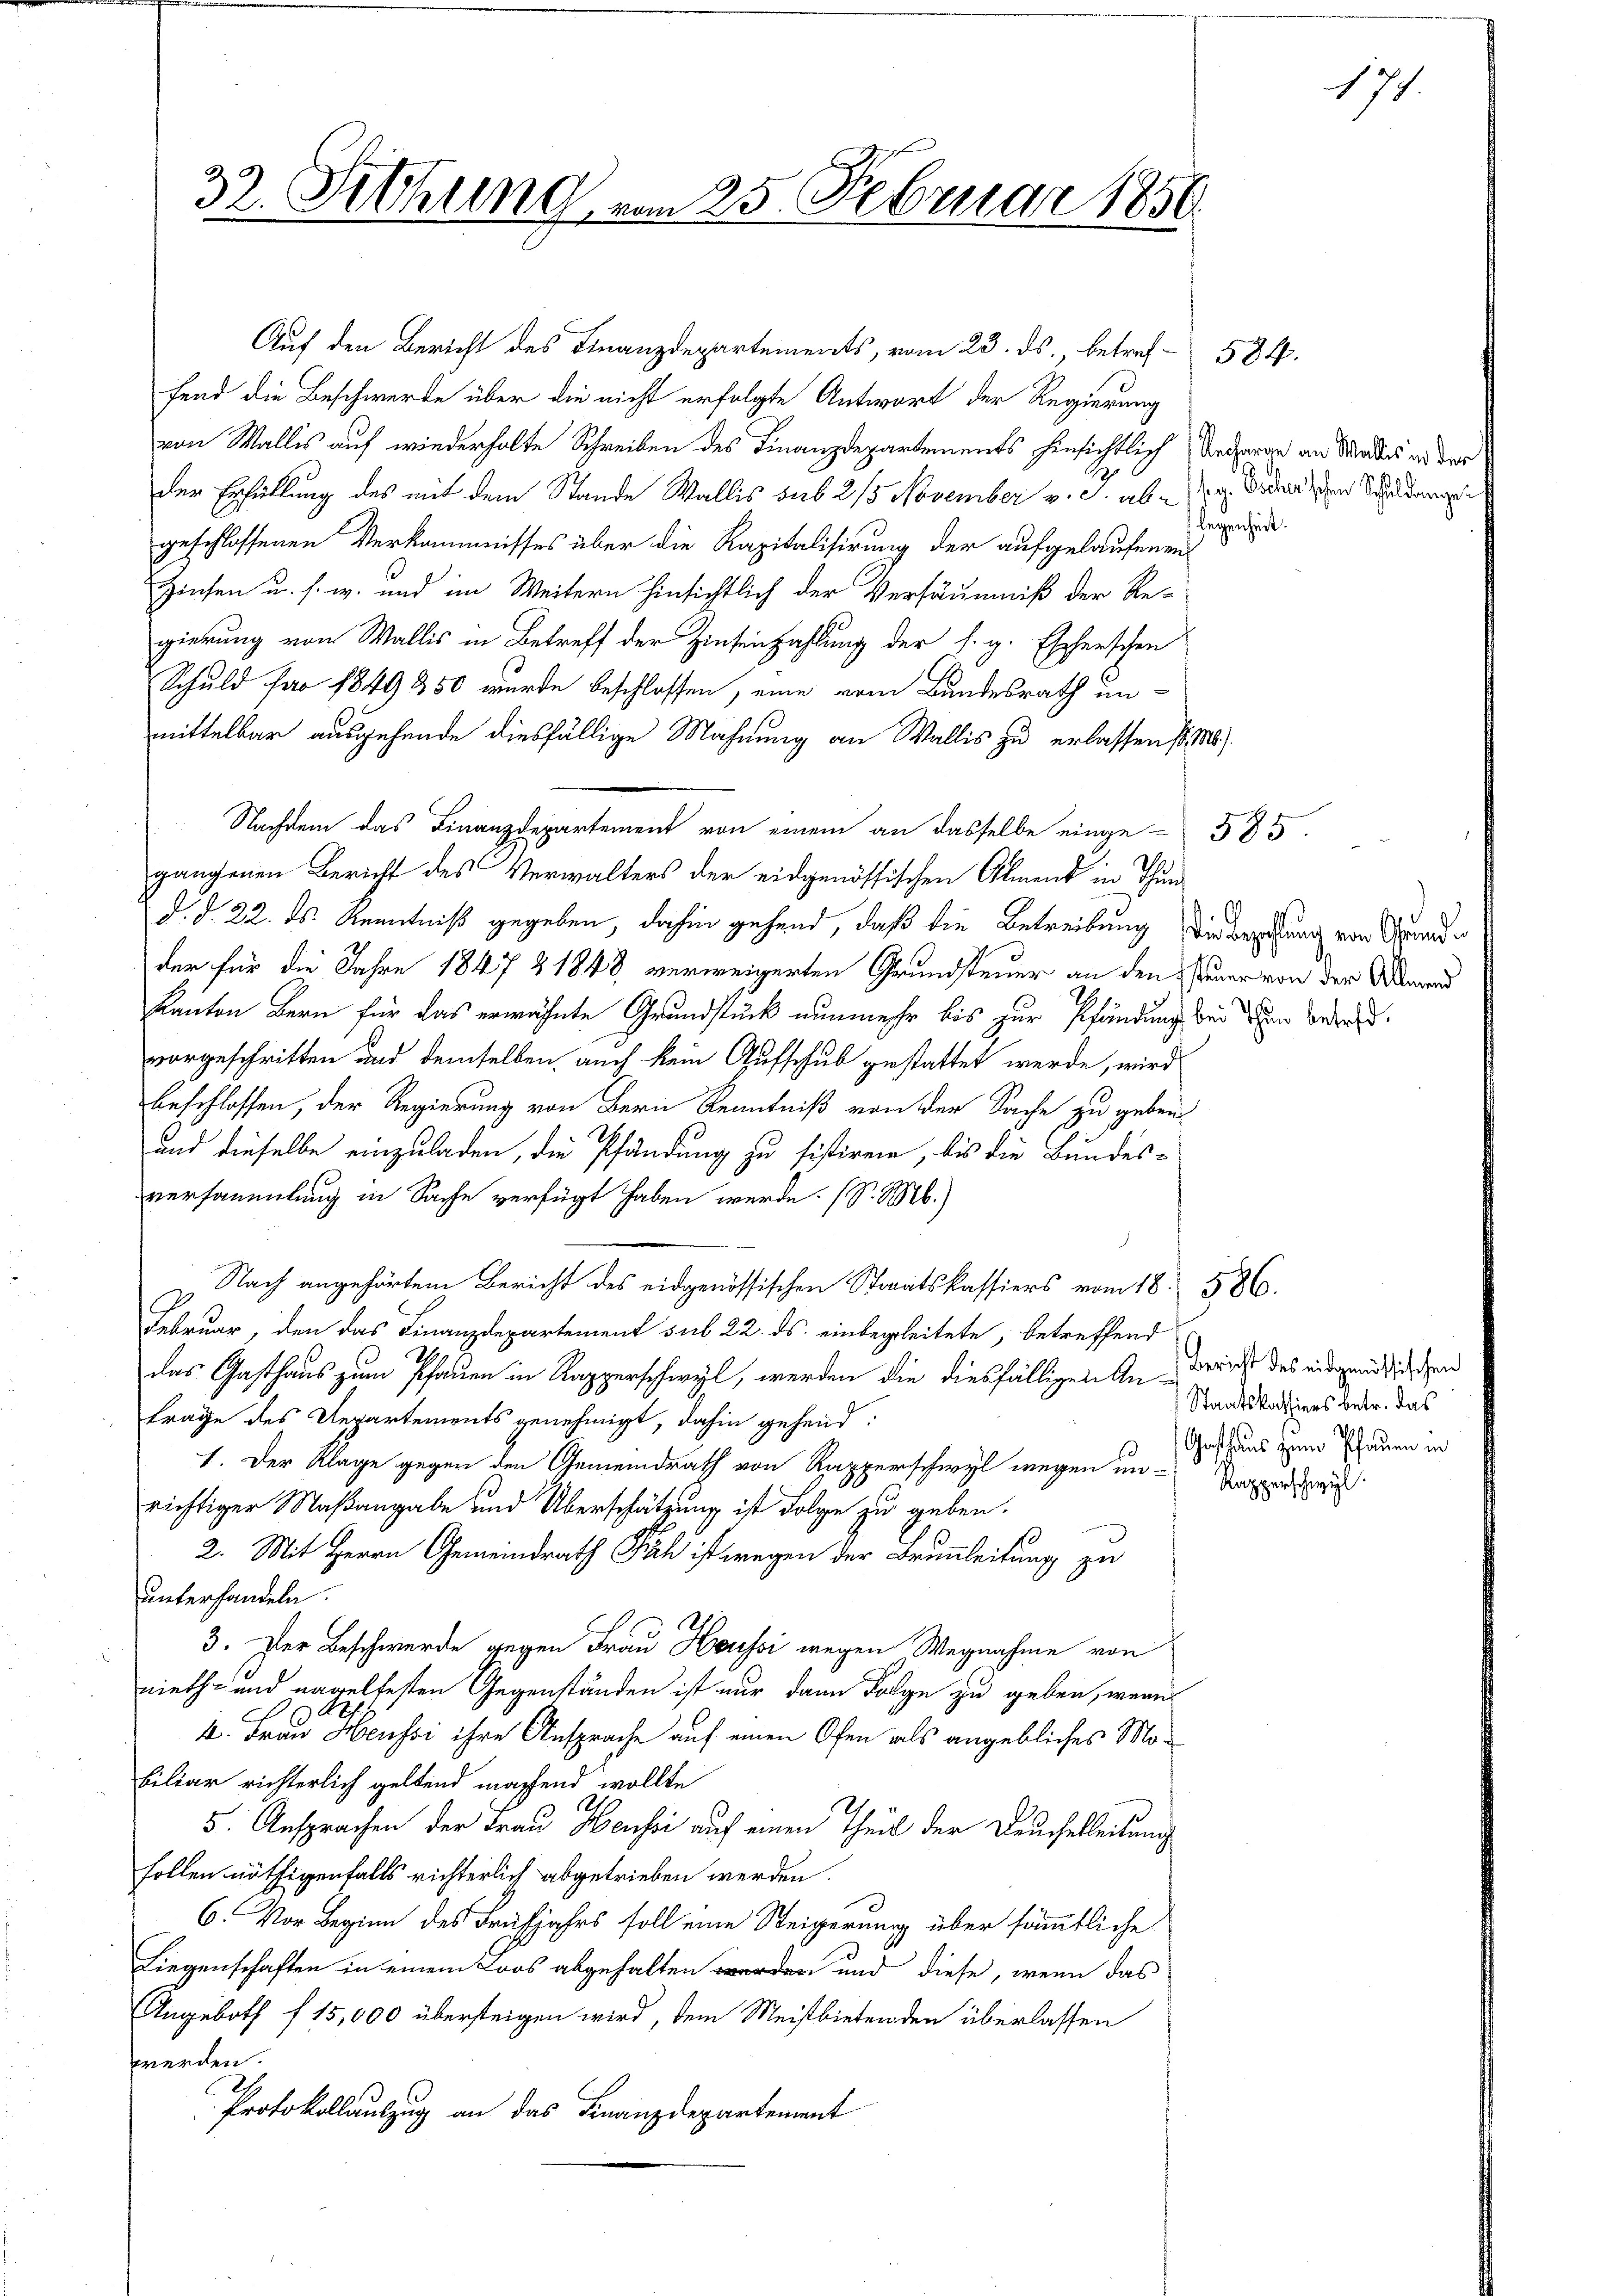
32. Sitzung vom 25. Februar 1856.

Auf den Bericht des Finanzdepartements, vom 23. ds., betref- 584.
fend die Beschwerde über die nicht erfolgte Antwort der Regierung
von Wallis auf wiederholte Schreiben des Finanzdepartements hinsichtlich Unterren an Mades an der
Der Erfüllung des mit dem Stande Wallis sub 2/3 November v. J. ab- u. Diesen Schuldangen
geschlossenen Verkäumnisses über die Kapitalisirung der aufgelaufenen
Zinsen u. s. w. und im Weitern hinsichtlich der Versäumniß der Regierung von Wallis in Betreff der Zinsenzahlung der s. g. Escherschen
Schuld für 1849 350 wurde beschlossen, eine vom Bundesrath unmittelbar ausgehende diesfällige Mahnung an Wallis zu erlassen so. 18).
Nachdem das Finanzdepartement von einem an dasselbe einge-585
gangenen Bericht des Verwalters der eidgenössischen Almend in Thund. d. 22. ds Kenntniß gegeben, dahin gehend, daß die Betreibung die Beziehung von Grunde
der für die Jahre 1847 & 1848 verweigerten Grundsteuer an den Sinner von der Wegend
kanton Bern für das erwähnte Grundstück nunmehr bis zur Pfändung bei dem Bedeuvorgeschritten und demselben auch kein Aufschub gestattet werde, wird
beschlossen, der Regierung von Bern Kenntniß von der Sache zu geben.
und dieselbe einzuladen, die Pfändung zu sistiren, bis die Bundes-
versammlung in Sache verfügt haben werde. (S. M.)
o
Nach angehörtem Bericht des eidgenössischen Staatskassiers vom 18. 586.
Februar, den das Finanzdepartement sub 22. ds. einbegleitete, betreffend
das Gasthaus zum Pfauen in Kapperschwyl, werden die diesfälligen Anderich des eidgenößischen
frage des Departements genehmigt, dahin gehend:
1. Der Klage gegen den Gemeindrath von Rapperschwyl wegen in Verwande
richtiger Maßangabe und Überschätzung ist Folge zu geben.
2. Mit Herrn Gemeindrath Fih ist wegen der Brunnleitung zu
unterhandeln.
3. Der Beschwerde gegen Frau Heussi wegen Wegnahme von
niet- und nagelfesten Gegenständen ist nur dann Folge zu geben, wenn
4. Frau Heussi ihre Ansprache auf einen Ofen als angebliches Mobiliar richterlich geltend machend wollte
h
5. Ansprachen der Frau Heussi auf einen Theil der Deucheleitung
sollen nöthigenfalls richterlich abgetrieben werden.
6. Vor Beginn des Frühjahrs soll eine Steigerung über sämmtliche
Liegenschaften in einem Loos abgehalten worden und diese, wenn das
Angeboth f 15,000 übersteigen wird, dem Meistbietenden überlassen
werden.
Protokollauszug an das Finanzdepartement

legenheit.

171.

22

Staatskassiers betr. das
Gasthaus zum Pfauen in